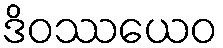
ဒိဝဿယေဝ